Vaccination in Burma 1889-1999 - 1889-1999
Year: 1889
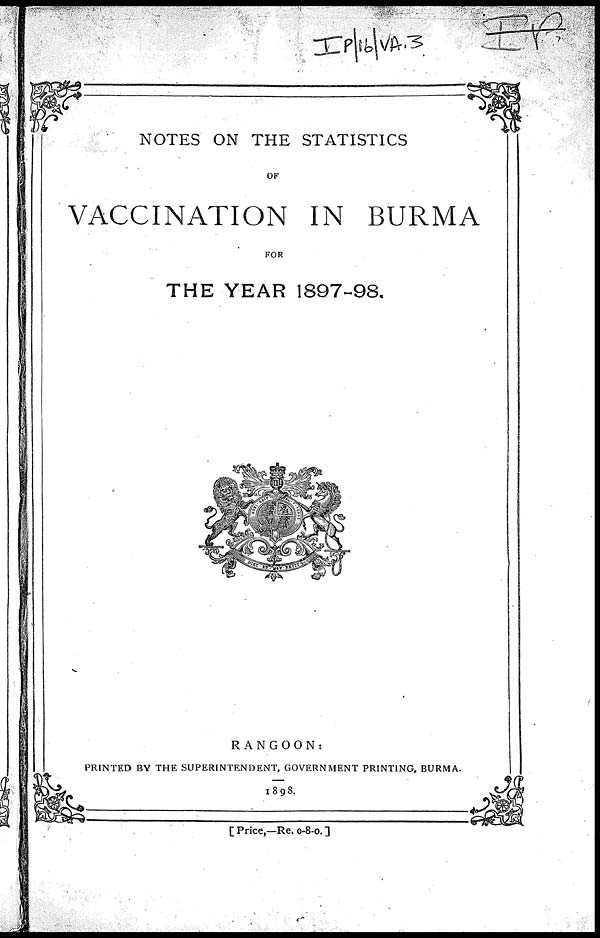
NOTES ON THE STATISTICS
OF
VACCINATION IN BURMA
FOR
THE YEAR 1897-98.
RANGOON:
PRINTED BY THE SUPERINTENDENT, GOVERNMENT PRINTING, BURMA.
1898.
[ Price,—-Re. 0-8-0. ]